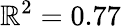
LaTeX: \mathbb{R}^{2}=0.77